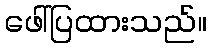
ဖေါ်ပြထားသည်။